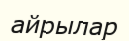
айрылар